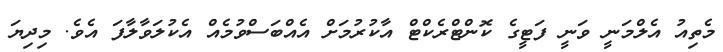
މެތިއު އެލްމަނީ ވަނީ ފަޓީގެ ކޮންޓްރެކްޓް އާކުރުމަށް އެއްބަސްވުމެއް އެކުލަވާލާފަ އެވެ. މިދިޔަ